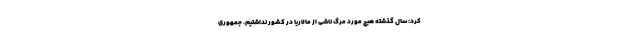
کرد: سال گذشته هیچ مورد مرگ ناشی از مالاریا در کشور نداشتیم. جمهوری